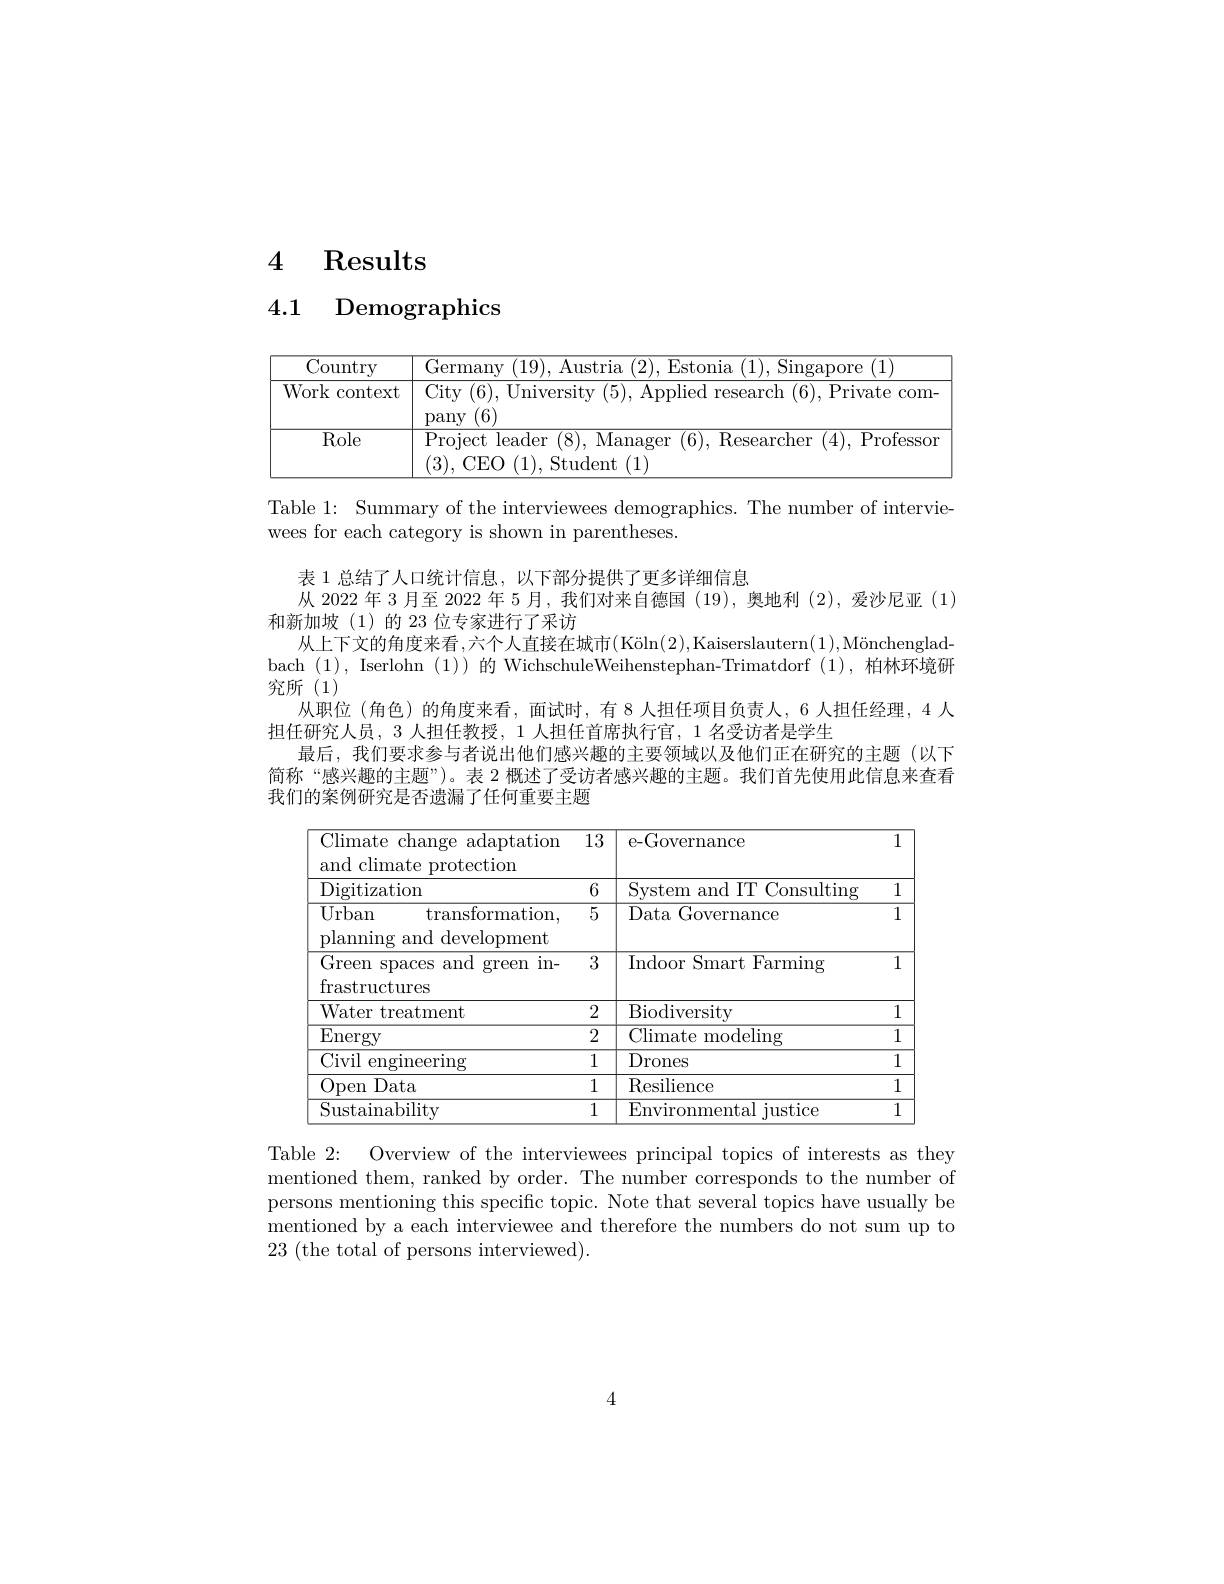
# 4 Results

4.1 Demographics

<table>
	<tbody>
		<tr>
			<th>Country</th>
			<th>Germanw Allstrla H'stonla Singanore (1)</th>
		</tr>
		<tr>
			<td>Work context </td>
			<td>City (6), University (5), Applied research (6), Private com- pany (6)</td>
		</tr>
		<tr>
			<td>Role</td>
			<td>$\overline{\mathrm{Project~leader~(8),~Manager~(6),~Researcher~(4),~Professor}}$ (3),CEO(1),Student(1)</td>
		</tr>
	</tbody>
</table>

从 2022 年 3 月至 2022 年 5 月，我们对来自德国 (19), 奥地利 (2),爱沙尼亚 (1)

Table 1: Summary of the interviewees demographics. The number of intervie-
wees for each category is shown in parentheses.
表 1 总结了人口统计信息，以下部分提供了更多详细信息
和新加坡(1)的 23 位专家进行了采访
从上下文的角度来看，六个人直接在城市$( \text{K\" {o}ln}( 2) $,Kaiserslautern$( 1) , \text{M\" {o}nchenglad- }$ bach (1), Iserlohn (1)) 的 WichschuleWeihenstephan-Trimatdorf (1),柏林环境研究所(1)
从职位 (角色)的角度来看，面试时，有 8 人担任项目负责人，6 人担任经理，4 人
担任研究人员，3 人担任教授，1 人担任首席执行官，1 名受访者是学生
最后，我们要求参与者说出他们感兴趣的主要领域以及他们正在研究的主题(以下简称“感兴趣的主题”)。表 2 概述了受访者感兴趣的主题。我们首先使用此信息来查看我们的案例研究是否遗漏了任何重要主题

<table>
	<tbody>
		<tr>
			<th>Climate change adaptation and climate protection</th>
			<th>$\overline{13}$</th>
			<th>e-Governance</th>
			<th>1</th>
		</tr>
		<tr>
			<td>Digitization</td>
			<td>6</td>
			<td>System and IT Consulting</td>
			<td>1 </td>
		</tr>
		<tr>
			<td>Urban $\operatorname{transformation}.$ planning and development</td>
			<td>5</td>
			<td>Data Governance</td>
			<td>1</td>
		</tr>
		<tr>
			<td>${\overline{\mathrm{Green~spaces~and}}}$ green in- frastructures</td>
			<td>3</td>
			<td>$\overline{\mathrm{Indoor~Smart~Farming}}$</td>
			<td>1</td>
		</tr>
		<tr>
			<td>Water treatment</td>
			<td>2</td>
			<td>Biodiversity</td>
			<td>1 </td>
		</tr>
		<tr>
			<td>$\overline{\mathrm{Energy}}$</td>
			<td>2</td>
			<td>Climate r modeling</td>
			<td>1 1 </td>
		</tr>
		<tr>
			<td>Civil engineering</td>
			<td>1</td>
			<td>Drones</td>
			<td>1 1</td>
		</tr>
		<tr>
			<td>Open Data</td>
			<td>1</td>
			<td>Resilience</td>
			<td>1 1 </td>
		</tr>
		<tr>
			<td>Sustainability</td>
			<td>1</td>
			<td>Environmental iustice</td>
			<td>1</td>
		</tr>
	</tbody>
</table>

Table 2: Overview of the interviewees principal topics of interests as they mentioned them, ranked by order. The number corresponds to the number of persons mentioning this specific topic. Note that several topics have usually be mentioned by a each interviewee and therefore the numbers do not sum up to $23\allowbreak ( {\mathrm{mod}} $ of persons interviewed).